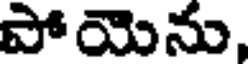
పోయెను,